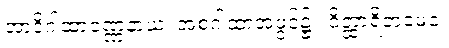
အာဒိဂါထာဝဏ္ဏနာယ၊ အစဂါထာအဖွင့်၌။ ဝိတ္ထာရိတမေဝ၊